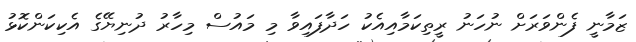
ޒަމާނީ ފެންވަރަށް ނުހަނު ރީތިކަމާއިއެކު ހަދާފައިވާ މި މައުސް މިހާރު ދުނިޔޭގެ އެކިކަންކޮޅު